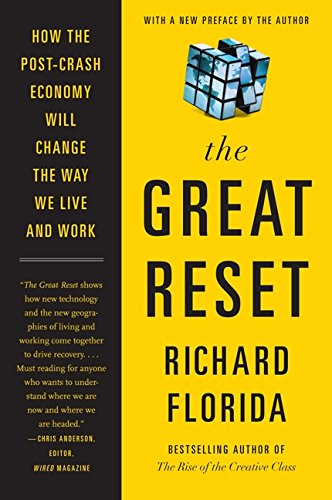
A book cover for The Great Reset: How the Post-Crash Economy Will Change the Way We Live and Work; Richard Florida; Business & Money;